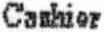
CASHIER